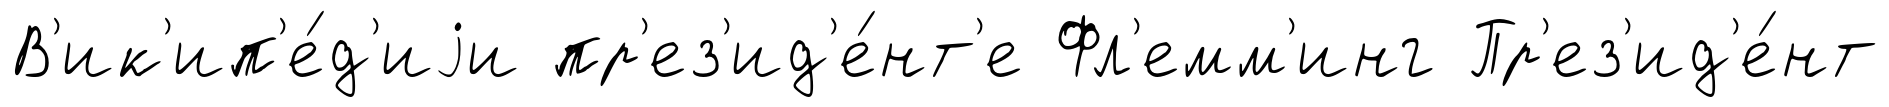
В'ик'ип'е́д'иjи пр'ез'ид'е́нт'е Фл'емм'инг Пр'ез'ид'е́нт